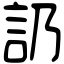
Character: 䚮